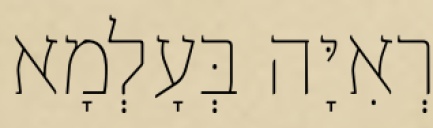
רְאִיָּה בְּעָלְמָא